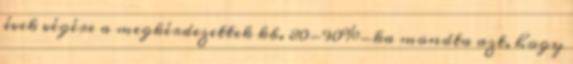
évek végére a megkérdezettek kb. 80-90%-ka mondta azt, hogy